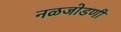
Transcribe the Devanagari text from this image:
नळजोडणी